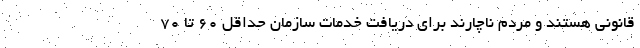
قانونی هستند و مردم ناچارند برای دریافت خدمات سازمان حداقل ۶۰ تا ۷۰